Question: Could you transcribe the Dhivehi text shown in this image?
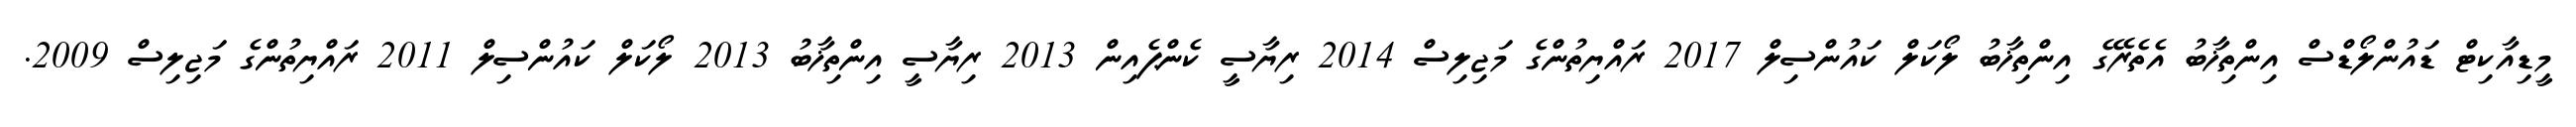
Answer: މީޑިއާކިޓް ޑައުންލޯޑްސް އިންތިޚާބު އެތެރޭގެ އިންތިޚާބު ލޯކަލް ކައުންސިލް 2017 ރައްޔިތުންގެ މަޖިލިސް 2014 ރިޔާސީ ކެންޕެއިން 2013 ރިޔާސީ އިންތިޚާބު 2013 ލޯކަލް ކައުންސިލް 2011 ރައްޔިތުންގެ މަޖިލިސް 2009.